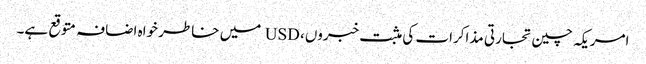
امریکہ چین تجارتی مذاکرات کی مثبت خبروں، USD میں خاطر خواہ اضافہ متوقع ہے۔